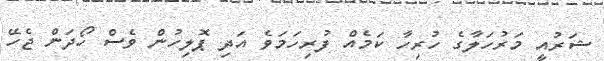
ޝަރުއީ މަރުހަލާގެ ހުރިހާ ކަމެއް ފުރިހަމަވެ އަދި ޕޮލިހުން ވެސް ހޯދަން ޖެހޭ